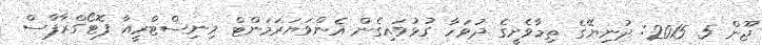
ޖޫން 5 2015: ދުނިޔޭގެ ތިމާވެށީގެ ދުވަހާ ގުޅުވައިގެން އެންވަޔަރަމަންޓް މިނިސްޓްރީއާ ފޮޓޯގްރާފާސް